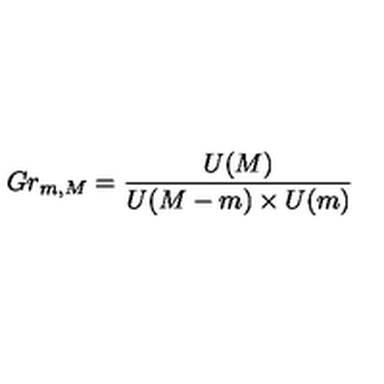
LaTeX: G r _ { m , M } = \frac { U ( M ) } { U ( M - m ) \times U ( m ) }